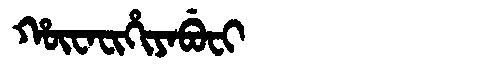
Manchu: ᡥᡡᠸᠠᠸᡳᡥᡳᠶᠠᠪᡠᠸᡳ
Romanization: HŪWAFIHIYABUFI